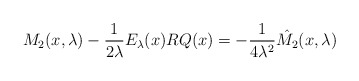
\begin{align*}M_2(x,\lambda)-\frac{1}{2\lambda}E_\lambda(x) RQ(x)= - \frac{1}{4\lambda^2}\hat{M_2}(x,\lambda)\end{align*}